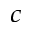
^ c